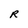
Character: R